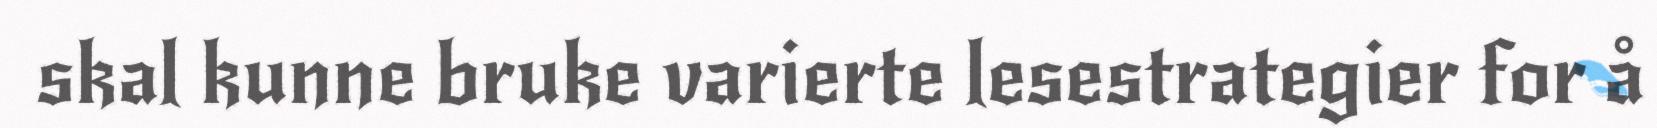
skal kunne bruke varierte lesestrategier for å